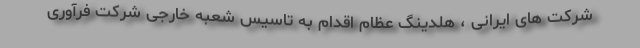
شرکت های ایرانی ، هلدینگ عظام اقدام به تاسیس شعبه خارجی شرکت فرآوری